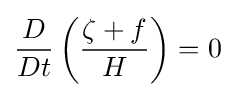
{D \over Dt}\left({\frac {\zeta +f}{H}}\right)=0